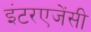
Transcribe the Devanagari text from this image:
इंटरएजेंसी